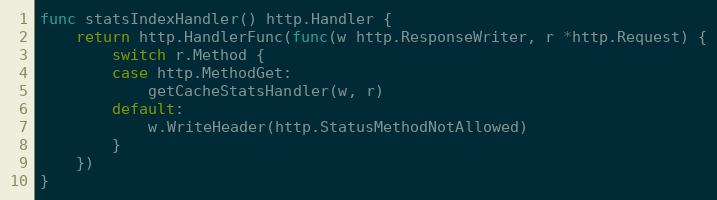
Language: Go
func statsIndexHandler() http.Handler {
	return http.HandlerFunc(func(w http.ResponseWriter, r *http.Request) {
		switch r.Method {
		case http.MethodGet:
			getCacheStatsHandler(w, r)
		default:
			w.WriteHeader(http.StatusMethodNotAllowed)
		}
	})
}